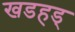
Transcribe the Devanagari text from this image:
खडहड्